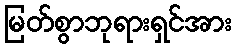
မြတ်စွာဘုရားရှင်အား